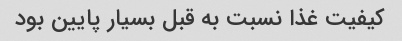
کیفیت غذا نسبت به قبل بسیار پایین بود